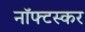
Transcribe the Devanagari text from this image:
नॉफ्टस्कर